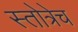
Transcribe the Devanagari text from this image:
स्तोत्रेच